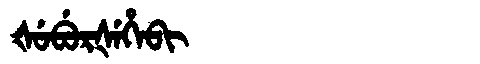
Manchu: ᡧᡠᠪᡠᡵᡧᡝᡥᡝᠪᡳ
Romanization: ŠUBURŠEHEBI